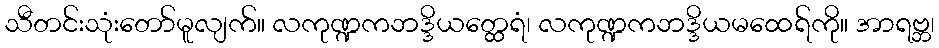
သီတင်းသုံးတော်မူလျက်။ လကုဏ္ဍကဘဒ္ဒိယတ္ထေရံ၊ လကုဏ္ဍကဘဒ္ဒိယမထေရ်ကို။ အာရဗ္ဘ၊